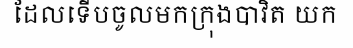
ដែលទើបចូលមកក្រុងបាវិត យក